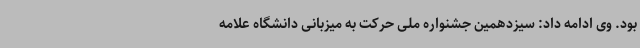
بود. وی ادامه داد: سیزدهمین جشنواره ملی حرکت به میزبانی دانشگاه علامه